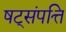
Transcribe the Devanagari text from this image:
षट्‌संपत्ति